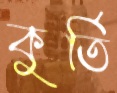
কুর্তি